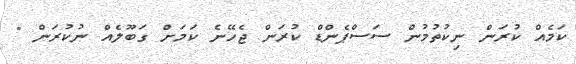
ކަމެއް ކުރަން ނިކުތުމުން ސަސްޕެންޑް ކުރަން ޖެހޭނެ ކަމަށް ގަބޫލެއް ނުކުރަަން "